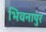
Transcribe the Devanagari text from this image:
भिवनापुर